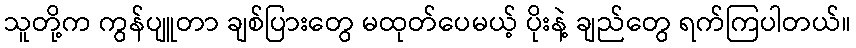
သူတို့က ကွန်ပျူတာ ချစ်ပြားတွေ မထုတ်ပေမယ့် ပိုးနဲ့ ချည်တွေ ရက်ကြပါတယ်။